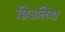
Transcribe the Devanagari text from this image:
छिउलिया